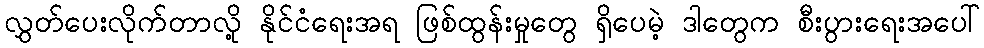
လွှတ်ပေးလိုက်တာလို့ နိုင်ငံရေးအရ ဖြစ်ထွန်းမှုတွေ ရှိပေမဲ့ ဒါတွေက စီးပွားရေးအပေါ်